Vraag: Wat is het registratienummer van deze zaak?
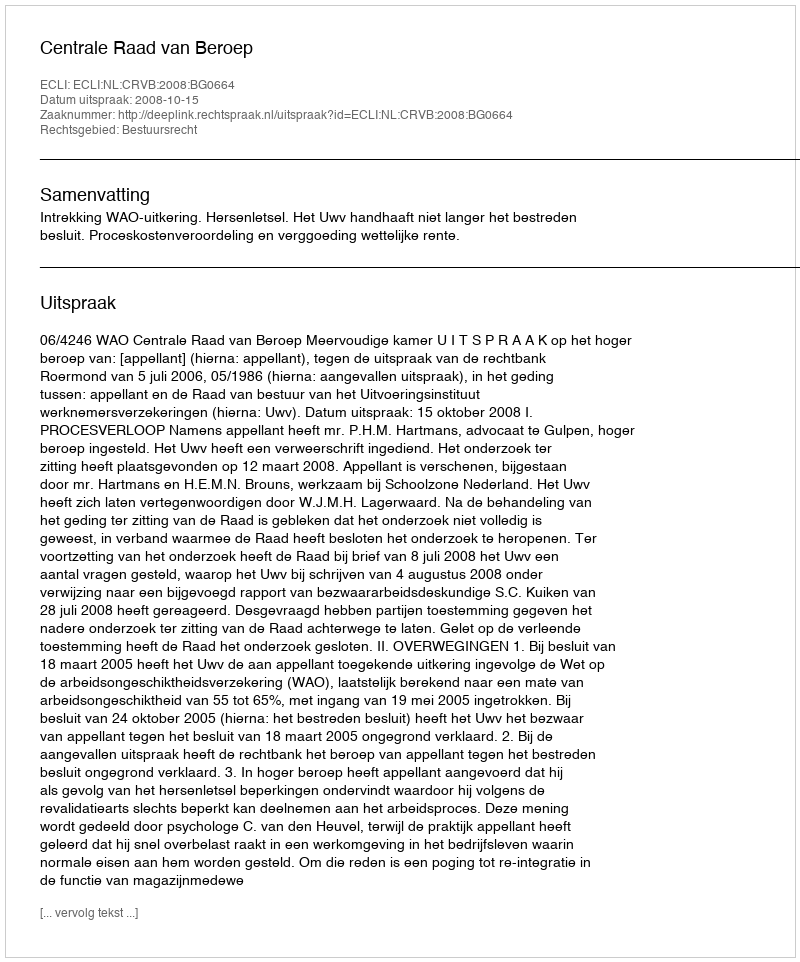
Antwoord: http://deeplink.rechtspraak.nl/uitspraak?id=ECLI:NL:CRVB:2008:BG0664